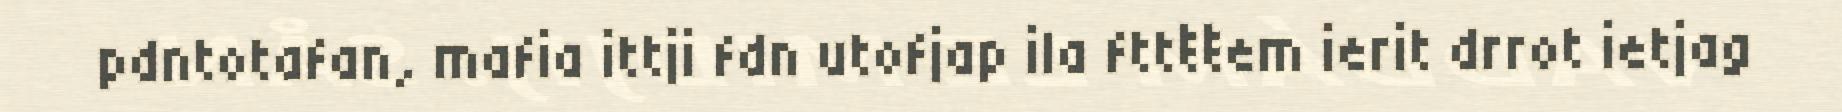
pdntotafan, mafia ittji fdn utofjap ila fttŧŧem ierit drrot ietjag